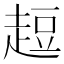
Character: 𧻿